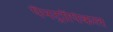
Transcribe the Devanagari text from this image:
पैनट्रॉपिकल